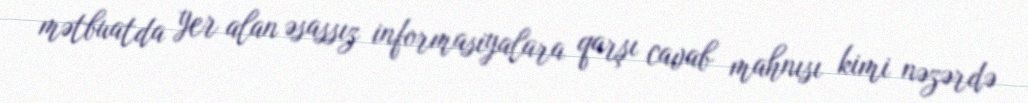
mətbuatda yer alan əsassız informasiyalara qarşı cavab mahnısı kimi nəzərdə